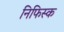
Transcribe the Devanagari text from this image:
निफिस्क